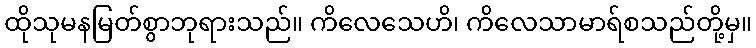
ထိုသုမနမြတ်စွာဘုရားသည်။ ကိလေသေဟိ၊ ကိလေသာမာရ်စသည်တို့မှ။